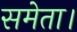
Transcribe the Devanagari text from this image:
समेता।